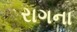
રાગના